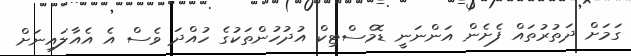
ގަމަށް ދަތުރުތައް ފެށެން އަންނަނީ ޑޮމެސްޓިކް އުދުހުންތަކުގެ ހުއްދަ ވެސް އެ އެއާލައިނަށް